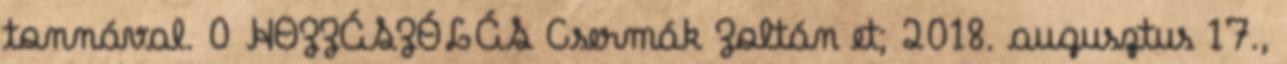
tonnával. 0 HOZZÁSZÓLÁS Csermák Zoltán et; 2018. augusztus 17.,